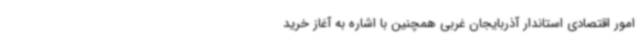
امور اقتصادی استاندار آذربایجان غربی همچنین با اشاره به آغاز خرید